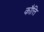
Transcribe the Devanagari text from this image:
कौत्ति